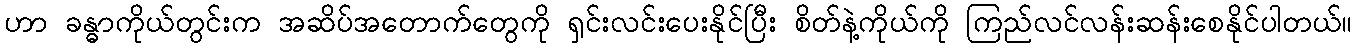
ဟာ ခန္ဓာကိုယ်တွင်းက အဆိပ်အတောက်တွေကို ရှင်းလင်းပေးနိုင်ပြီး စိတ်နဲ့ကိုယ်ကို ကြည်လင်လန်းဆန်းစေနိုင်ပါတယ်။